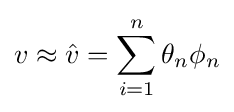
v\approx {\hat {v}}=\sum _{i=1}^{n}\theta _{n}\phi _{n}